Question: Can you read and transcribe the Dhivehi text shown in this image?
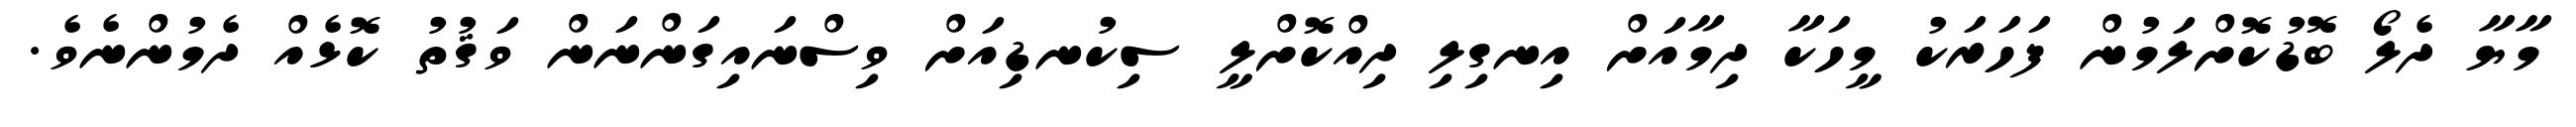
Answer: މާޔާ ދެލޯ ބޮޑުކޮށްލަމުން ފަހަރަކު މީހަކާ ދިމާއަށް އިނގިލި ދިއްކޮށްލީ ސިކުނޑިއަށް ވިސްނައިގަންނަން ވަޤުތު ކޮޅެއް ދެމުންނެވެ.